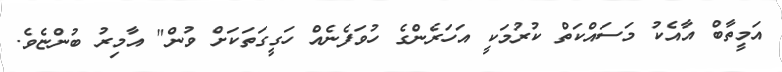
އަމީތާބް އާއެކު މަސައްކަތް ކުރުމަކީ އަހަރެންގެ ހުވަފެނެއް ހަގީގަތަކަށް ވުން" އާމިރު ބުންޏެވެ.